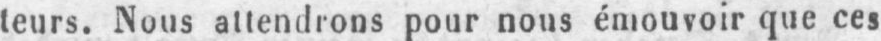
teurs. Nous attendrons pour nous émouvoir que ces